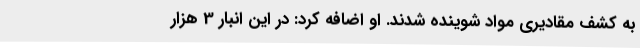
به کشف مقادیری مواد شوینده شدند. او اضافه کرد: در این انبار 3 هزار